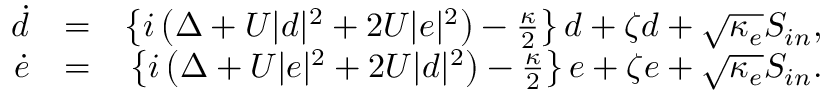
\begin{array} { r l r } { \dot { d } } & { = } & { \left\{ i \left( \Delta + U | d | ^ { 2 } + 2 U | e | ^ { 2 } \right) - \frac { \kappa } { 2 } \right\} d + \zeta d + \sqrt { \kappa _ { e } } S _ { i n } , } \\ { \dot { e } } & { = } & { \left\{ i \left( \Delta + U | e | ^ { 2 } + 2 U | d | ^ { 2 } \right) - \frac { \kappa } { 2 } \right\} e + \zeta e + \sqrt { \kappa _ { e } } S _ { i n } . } \end{array}